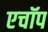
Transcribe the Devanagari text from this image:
एचॉप